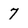
Character: 7